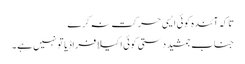
تاکہ آئندہ کوئی ایسی حرکت نہ کرے
جناب جمشید دستی کوئی اکیلا فراڈیا تو نہیں ہے ۔